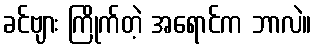
ခင်ဗျား ကြိုက်တဲ့ အရောင်က ဘာလဲ။